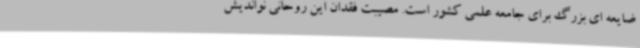
ضایعه ای بزرگ برای جامعه علمی کشور است. مصیبت فقدان این روحانی نواندیش